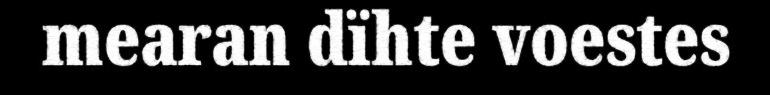
mearan dïhte voestes